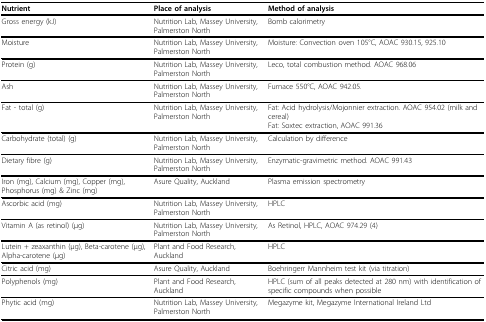
<table><thead><tr><td><b>Nutrient</b></td><td><b>Place of analysis</b></td><td><b>Method of analysis</b></td></tr></thead><tbody><tr><td>Gross energy (kJ)</td><td>Nutrition Lab, Massey University, Palmerston North</td><td>Bomb calorimetry</td></tr><tr><td>Moisture</td><td>Nutrition Lab, Massey University, Palmerston North</td><td>Moisture: Convection oven 105°C, AOAC 930.15, 925.10</td></tr><tr><td>Protein (g)</td><td>Nutrition Lab, Massey University, Palmerston North</td><td>Leco, total combustion method. AOAC 968.06</td></tr><tr><td>Ash</td><td>Nutrition Lab, Massey University, Palmerston North</td><td>Furnace 550°C, AOAC 942.05.</td></tr><tr><td>Fat - total (g)</td><td>Nutrition Lab, Massey University, Palmerston North</td><td>Fat: Acid hydrolysis/Mojonnier extraction. AOAC 954.02 (milk and cereal)Fat: Soxtec extraction, AOAC 991.36</td></tr><tr><td>Carbohydrate (total) (g)</td><td>Nutrition Lab, Massey University, Palmerston North</td><td>Calculation by difference</td></tr><tr><td>Dietary fibre (g)</td><td>Nutrition Lab, Massey University, Palmerston North</td><td>Enzymatic-gravimetric method. AOAC 991.43</td></tr><tr><td>Iron (mg), Calcium (mg), Copper (mg), Phosphorus (mg) &amp; Zinc (mg)</td><td>Asure Quality, Auckland</td><td>Plasma emission spectrometry</td></tr><tr><td>Ascorbic acid (mg)</td><td>Nutrition Lab, Massey University, Palmerston North</td><td>HPLC</td></tr><tr><td>Vitamin A (as retinol) (μg)</td><td>Nutrition Lab, Massey University, Palmerston North</td><td>As Retinol, HPLC, AOAC 974.29 (4)</td></tr><tr><td>Lutein + zeaxanthin (μg), Beta-carotene (μg), Alpha-carotene (μg)</td><td>Plant and Food Research, Auckland</td><td>HPLC</td></tr><tr><td>Citric acid (mg)</td><td>Asure Quality, Auckland</td><td>Boehringerr Mannheim test kit (via titration)</td></tr><tr><td>Polyphenols (mg)</td><td>Plant and Food Research, Auckland</td><td>HPLC (sum of all peaks detected at 280 nm) with identification of specific compounds when possible</td></tr><tr><td>Phytic acid (mg)</td><td>Nutrition Lab, Massey University, Palmerston North</td><td>Megazyme kit, Megazyme International Ireland Ltd</td></tr></tbody></table>